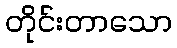
တိုင်းတာသော